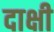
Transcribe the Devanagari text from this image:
दाक्षी